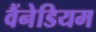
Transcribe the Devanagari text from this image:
वैंनेडियम